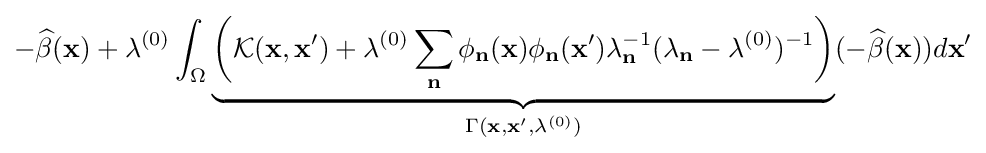
-{\widehat {\beta }}({\bf {x}})+\lambda ^{(0)}\int _{\Omega }\underbrace {{\bigg (}{\mathcal {K}}({\bf {x}},{\bf {x}}')+\lambda ^{(0)}\sum _{\bf {n}}\phi _{\bf {n}}({\bf {x}})\phi _{\bf {n}}({\bf {x}}')\lambda _{\bf {n}}^{-1}(\lambda _{\bf {n}}-\lambda ^{(0)})^{-1}{\bigg )}} _{\Gamma ({\bf {x}},{\bf {x}}',\lambda ^{(0)})}(-{\widehat {\beta }}({\bf {x}}))d{\bf {x}}'